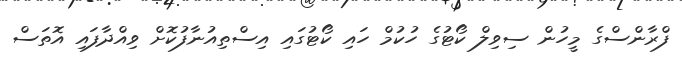
ފްރާންސްގެ މީހުން ސިވިލް ކޯޓުގެ ހުކުމް ހައި ކޯޓުގައި އިސްތިއުނާފުކޮށް ވިއްދާފައި އޮތަސް